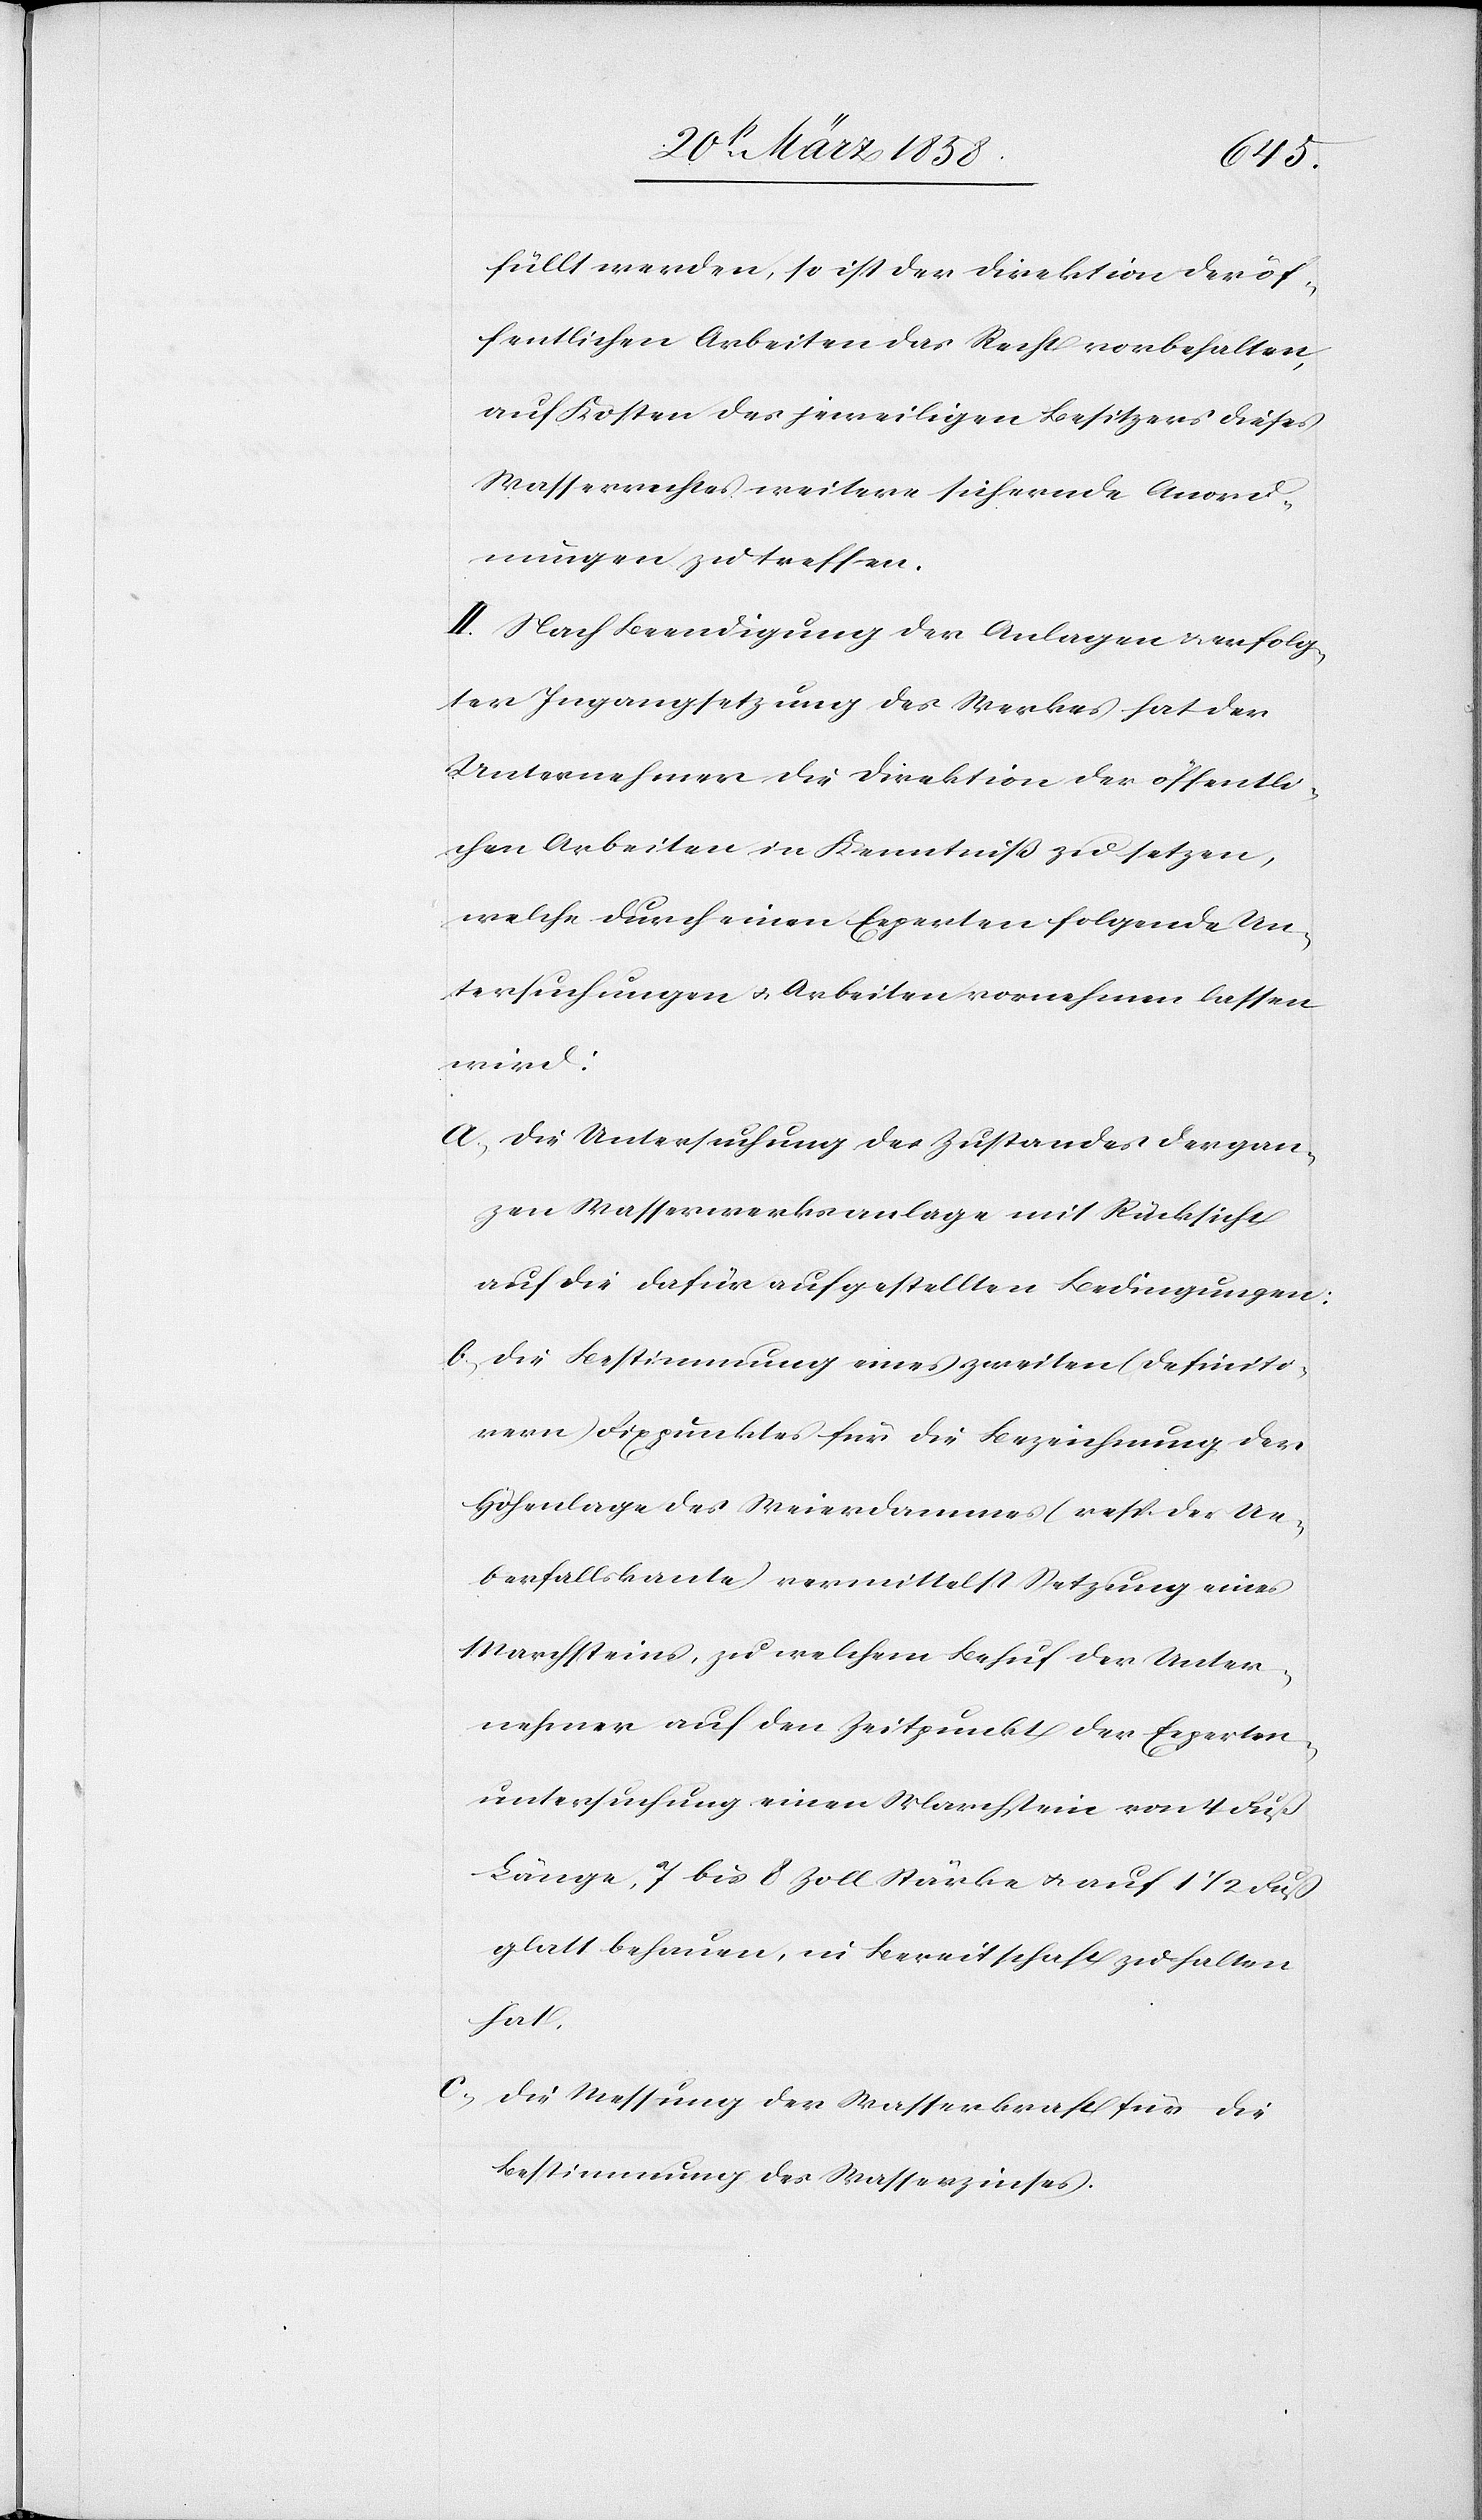
füllt werden, so ist der Direktion der öf¬
fentlichen Arbeiten das Recht vorbehalten,
auf Kosten des jeweiligen Besitzers dieses
Wasserrechtes weitere sichernde Anord¬
nungen zu treffen.
II. Nach Beendigung der Anlagen u. erfolg¬
ter Ingangsetzung des Werkes hat der
Unternehmer die Direktion der öffentli¬
chen Arbeiten in Kenntniß zu setzen,
welche durch einen Experten folgende Un¬
tersuchungen u. Arbeiten vornehmen lassen
wird:
a. Die Untersuchung des Zustandes der gan¬
zen Wasserwerksanlage mit Rücksicht
auf die dafür aufgestellten Bedingungen;
b. Die Bestimmung eines zweiten (definiti¬
ven) Fixpunktes für die Bezeichnung der
Höhenlage des Weierdammes (resp. der Ue¬
berfallskante) vermittelst Setzung eines
Marchsteines, zu welchem Behuf der Unter¬
nehmer auf den Zeitpunkt der Experten¬
untersuchung einen Marchstein von 4 Fuß
Länge, 7 bis 8 Zoll Stärke u. auf 1 1/2 Fuß
glatt behauen, in Bereitschaft zu halten
hat.
c. Die Messung der Wasserkraft für die
Bestimmung des Wasserzinses.